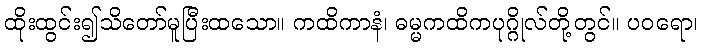
ထိုးထွင်း၍သိတော်မူပြီးထသော။ ကထိကာနံ၊ ဓမ္မကထိကပုဂ္ဂိုလ်တို့တွင်။ ပဝရော၊